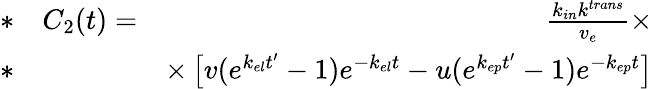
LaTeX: \begin{array}{rlr}{*}&{{}C_{2}(t)=}&{\frac{k_{in}k^{trans}}{v_{e}}\times}\\ {*}&{{}}&{\times\left[v(e^{k_{el}t^{\prime}}-1)e^{-k_{el}t}-u(e^{k_{ep}t^{\prime}}-1)e^{-k_{ep}t}\right]}\end{array}